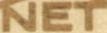
NET